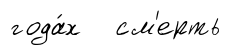
года́х см'ерть